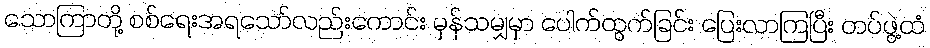
သောကြာတို့ စစ်ရေးအရသော်လည်းကောင်း မှန်သမျှမှာ ပေါက်ထွက်ခြင်း ပြေးလာကြပြီး တပ်ဖွဲ့ထံ